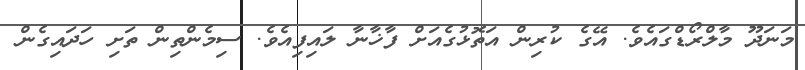
މަނަދޫ މާލްރޯޑްގައެވެ. އޭގެ ކުރިން އަތޮޅުގެއަށް ފާޚާނާ ލައިފިއެވެ. ސިމެންތިން ތަށި ހަދައިގެން